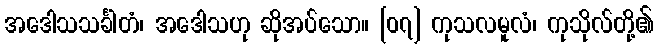
အဒေါသသင်္ခါတံ၊ အဒေါသဟု ဆိုအပ်သော။ [၀၇] ကုသလမူလံ၊ ကုသိုလ်တို့၏